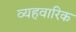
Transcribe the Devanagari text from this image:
व्यहवारिक